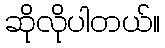
ဆိုလိုပါတယ်။